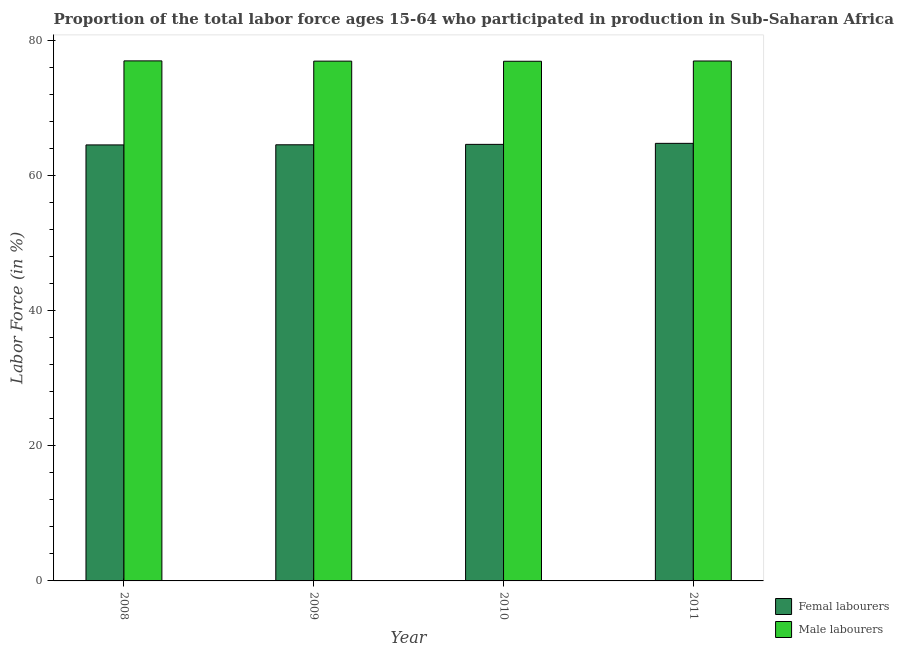
| Year | Femal labourers | Male labourers |
 | --- | --- | --- |
 | 2008 | 64.6 | 77 |
 | 2009 | 64.6 | 77 |
 | 2010 | 64.7 | 77 |
 | 2011 | 64.8 | 77 |